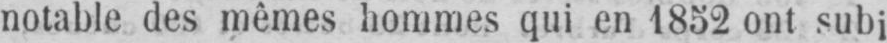
notable des mêmes hommes qui en 1852 ont subj